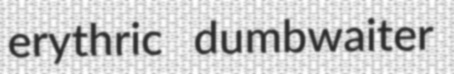
erythric dumbwaiter